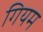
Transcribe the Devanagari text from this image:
गियम